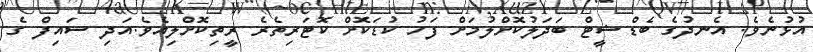
އުޅުނެވެ. އެނދުގެ ބެޑްޝީޓް ބަދަލުކޮށްލުމަށް ފަހު ކުޑަކޮށް ކޮޓަރިތެރެ ރީތިކޮށްލިއެވެ.އަދި ސައިފް ގެ